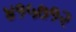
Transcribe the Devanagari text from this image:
४१५७१२